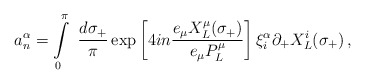
\begin{align*}a^{\alpha}_{n}=\int\limits_{0}^{\pi}~\frac{d\sigma_{+}}{\pi} \exp\left[4in\frac{e_{\mu} X^{\mu}_{L}(\sigma_{+})}{e_{\mu}P^{\mu}_{L}}\right] \xi^{\alpha}_{i}\partial_{+}X^{i}_{L}(\sigma_{+}) \,,\end{align*}